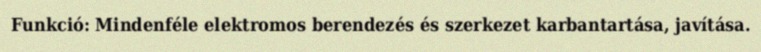
Funkció: Mindenféle elektromos berendezés és szerkezet karbantartása, javítása.